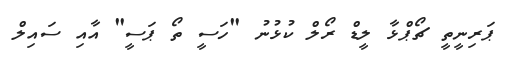
ޕަރިނީތީ ޗޯޕްޅާ ލީޑް ރޯލް ކުޅުނު "ހަސީ ތޯ ޕަސީ" އާއި ސައިލް